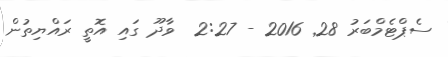
ސެޕްޓެމްބަރު 28